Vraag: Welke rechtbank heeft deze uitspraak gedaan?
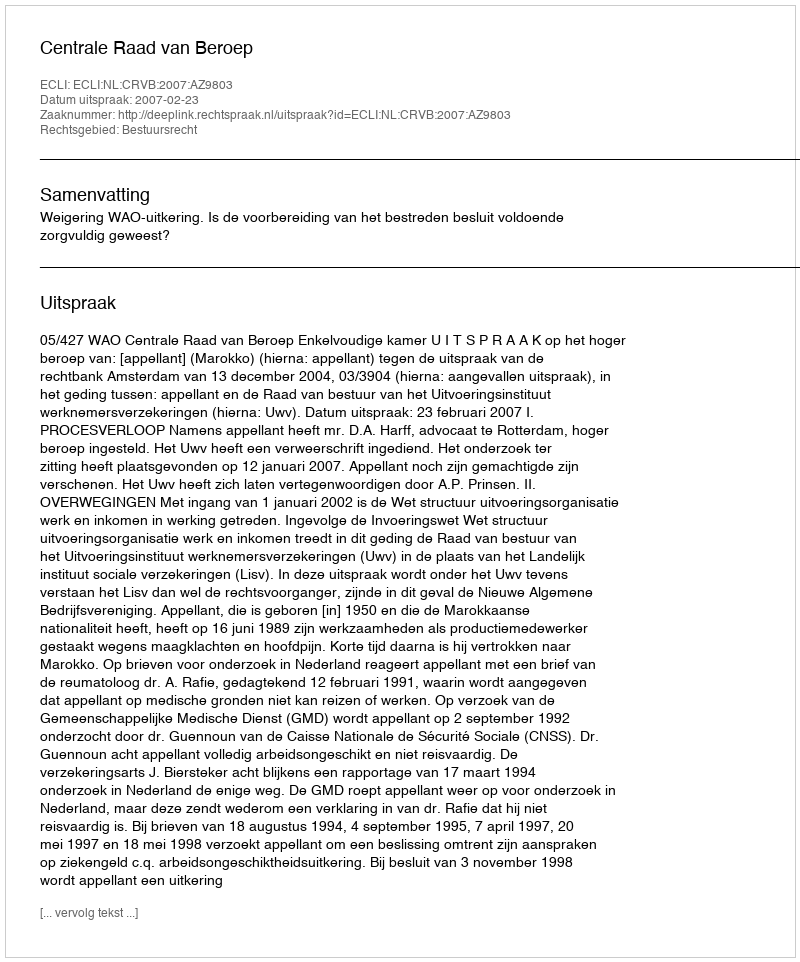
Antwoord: Centrale Raad van Beroep